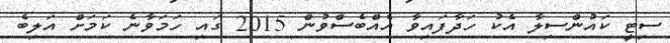
ސިޓީ ކައުންސިލާ އެކު ހަދާފައިވާ އެއްބެސްވުން 2015 ގައި ހަމަވާނެ ކަމަށް އަލިބެ